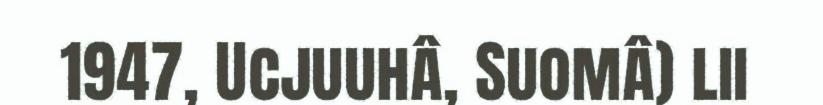
1947, Ucjuuhâ, Suomâ) lii